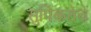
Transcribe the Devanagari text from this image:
सुपिकतेचे